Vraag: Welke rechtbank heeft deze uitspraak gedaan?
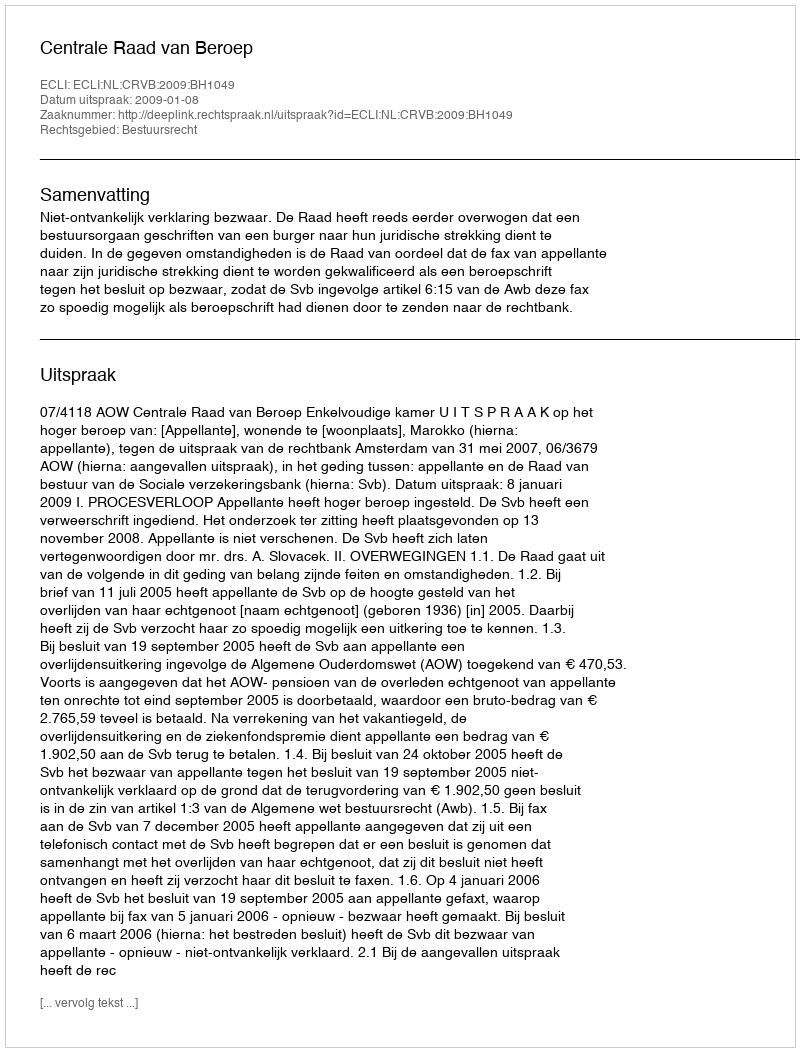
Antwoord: Centrale Raad van Beroep